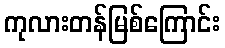
ကုလားတန်မြစ်ကြောင်း